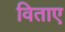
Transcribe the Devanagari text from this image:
विताए